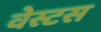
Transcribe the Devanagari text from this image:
वेस्टस